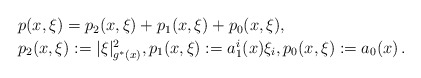
\begin{align*}\begin{array}{l}p(x,\xi)=p_2(x,\xi)+p_1(x,\xi)+p_0(x,\xi),\\p_2(x,\xi):=|\xi|_{g^*(x)}^2,p_1(x,\xi):=a_1^i(x)\xi_i,p_0(x,\xi):=a_0(x)\,.\vphantom{\vrule height 12pt}\end{array}\end{align*}